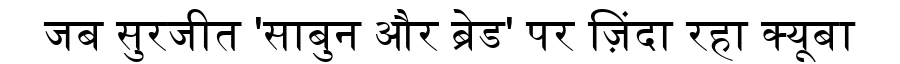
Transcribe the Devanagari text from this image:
जब सुरजीत 'साबुन और ब्रेड' पर ज़िंदा रहा क्यूबा